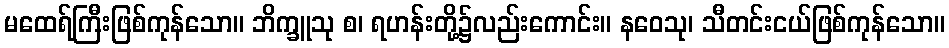
မထေရ်ကြီးဖြစ်ကုန်သော။ ဘိက္ခူသု စ၊ ရဟန်းတို့၌လည်းကောင်း။ နဝေသု၊ သီတင်းငယ်ဖြစ်ကုန်သော။